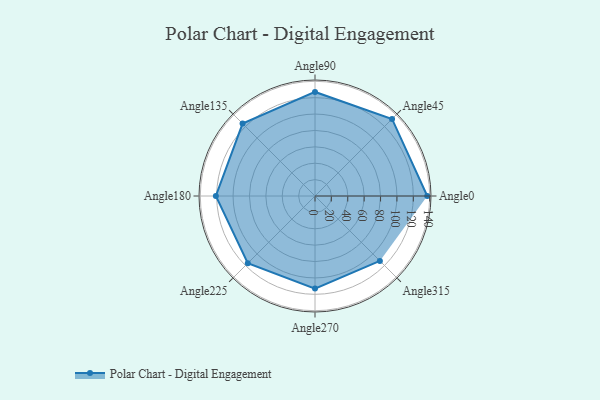
{"axis": {"x": "Angle", "y": "Radius"}, "legend": [""], "data": [{"x": "Angle0", "y": 137.0, "type": ""}, {"x": "Angle45", "y": 133.0, "type": ""}, {"x": "Angle90", "y": 127.0, "type": ""}, {"x": "Angle135", "y": 125.0, "type": ""}, {"x": "Angle180", "y": 121.0, "type": ""}, {"x": "Angle225", "y": 116.0, "type": ""}, {"x": "Angle270", "y": 113.0, "type": ""}, {"x": "Angle315", "y": 112.0, "type": ""}]}